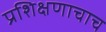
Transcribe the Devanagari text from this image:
प्रशिक्षणाचाच